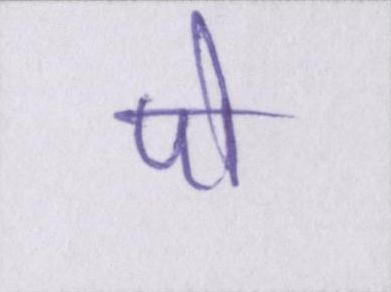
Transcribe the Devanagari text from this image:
पो